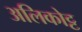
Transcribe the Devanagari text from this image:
अलिकोट्ट